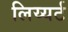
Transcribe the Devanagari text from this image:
लिय्यर्ट